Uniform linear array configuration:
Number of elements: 24
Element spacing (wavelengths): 0.25
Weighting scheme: binomial
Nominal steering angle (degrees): -15
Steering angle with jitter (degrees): -16.767
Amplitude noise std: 0.05
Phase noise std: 0.05

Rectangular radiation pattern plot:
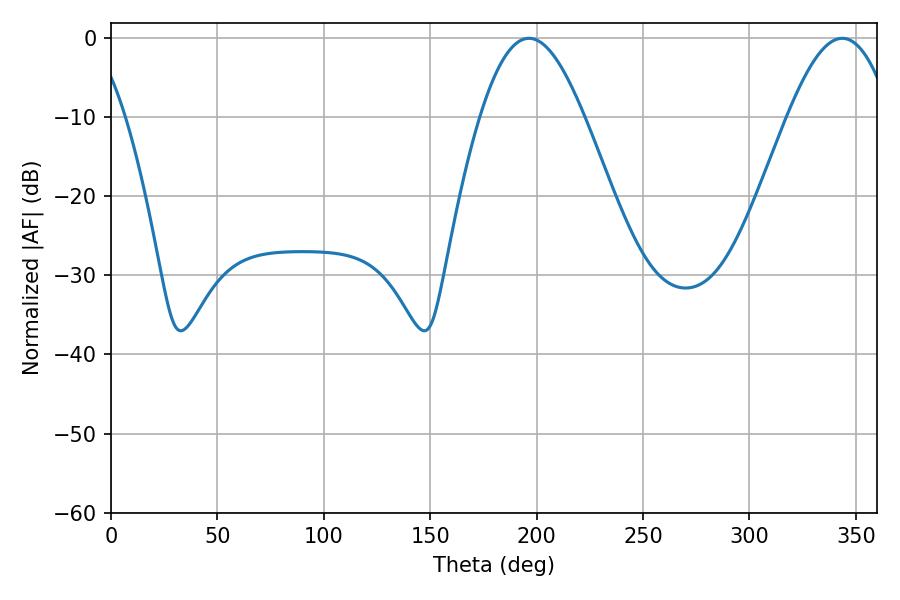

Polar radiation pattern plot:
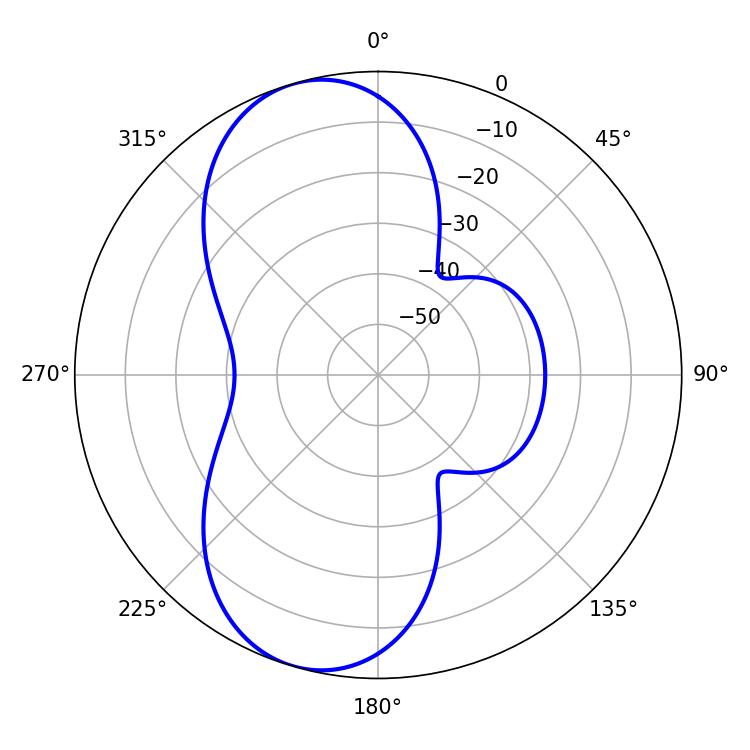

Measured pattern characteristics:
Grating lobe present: FALSE
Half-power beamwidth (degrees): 26.46
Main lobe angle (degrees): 196.38